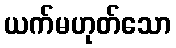
ယက်မဟုတ်သော